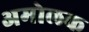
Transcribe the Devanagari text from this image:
अमोलक